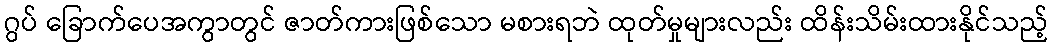
ဂွပ် ခြောက်ပေအကွာတွင် ဇာတ်ကားဖြစ်သော မစားရဘဲ ထုတ်မှုများလည်း ထိန်းသိမ်းထားနိုင်သည့်